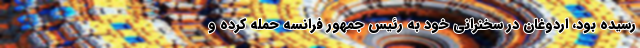
رسیده بود، اردوغان در سخنرانی خود به رئیس جمهور فرانسه حمله کرده و